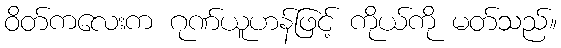
ဝိတ်ကလေးက ဂုဏ်ယူဟန်ဖြင့် ကိုယ်ကို မတ်သည်။